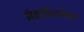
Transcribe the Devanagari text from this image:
मॅककिन्लीच्या